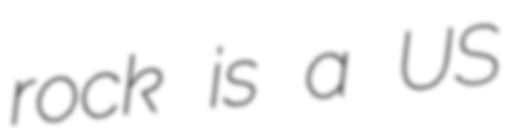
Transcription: rock is a US